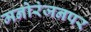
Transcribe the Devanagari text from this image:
मनोरंजनपर